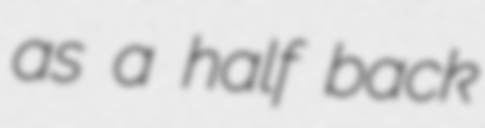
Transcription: as a half back